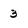
Character: 3